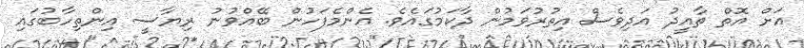
އަށް އޮތް ތާއީދު އަދިވެސް އިތުރުވަމުން ދާކަމުގައެވެ. އެންމެފަހުން ބޭއްވުނު ރިޔާސީ އިންތިހާބުގައި